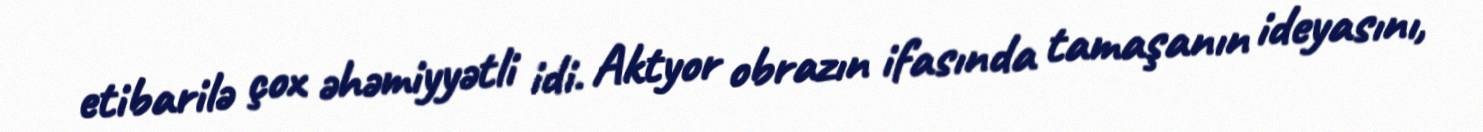
etibarilə çox əhəmiyyətli idi. Aktyor obrazın ifasında tamaşanın ideyasını,